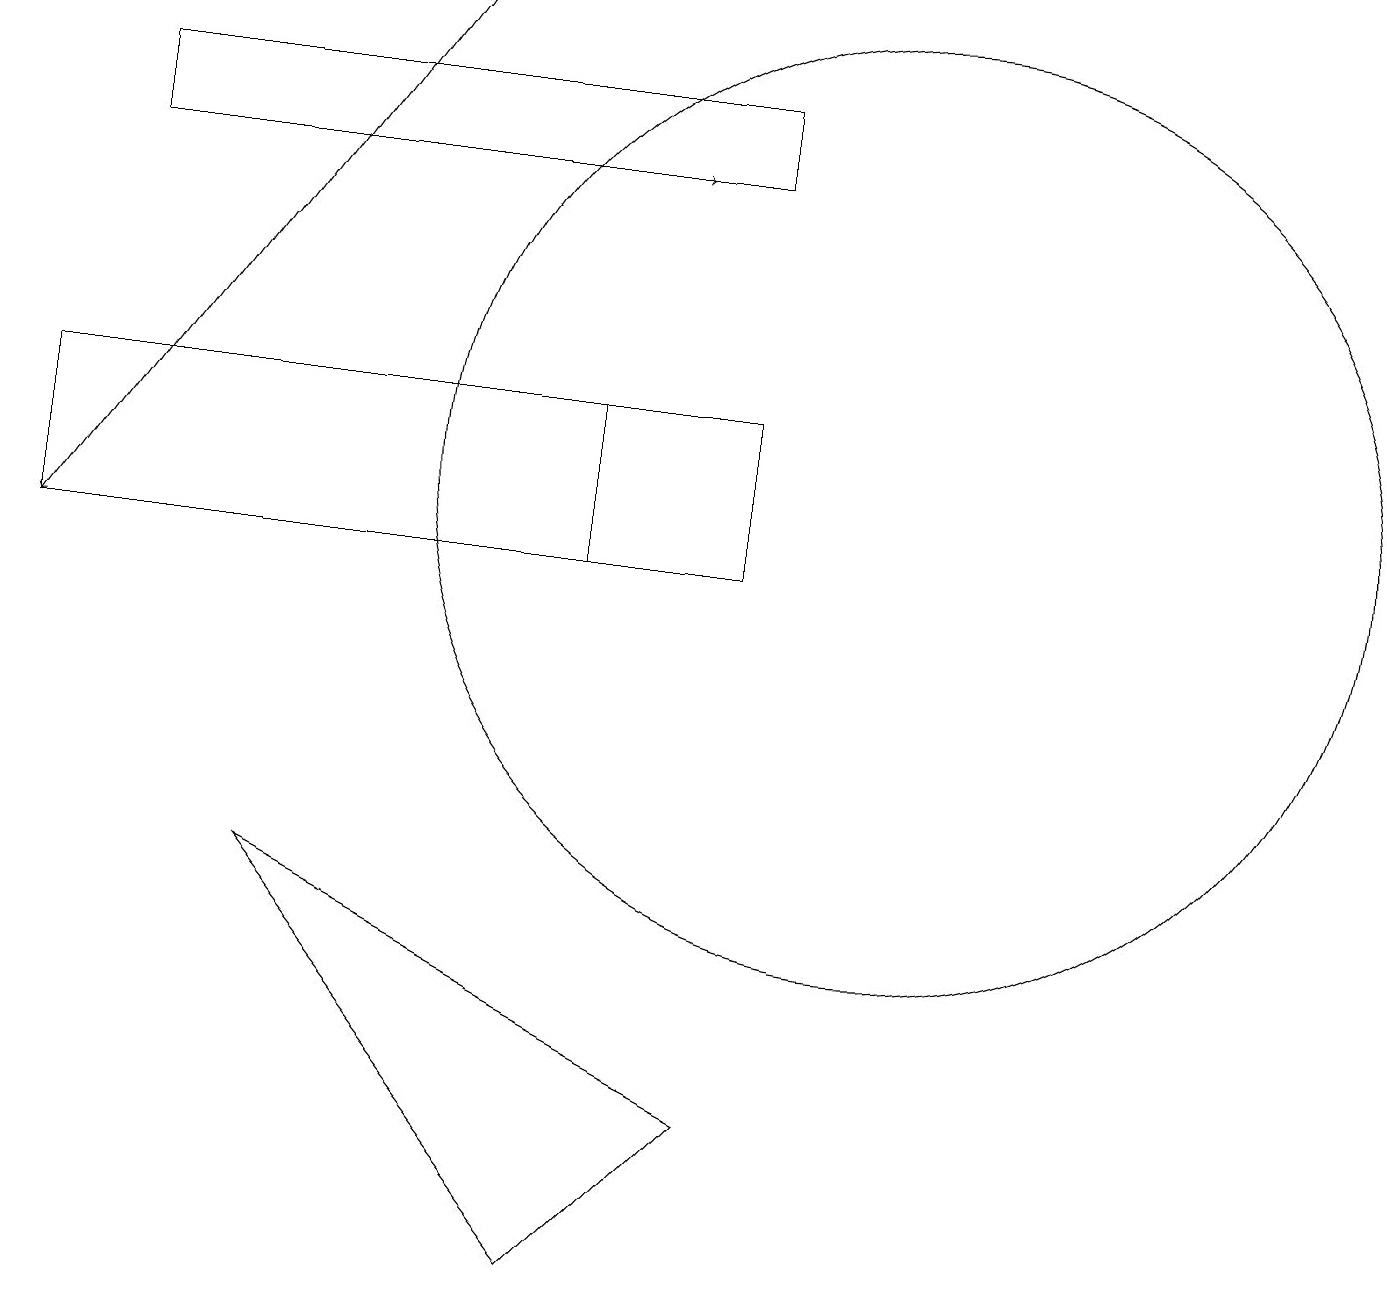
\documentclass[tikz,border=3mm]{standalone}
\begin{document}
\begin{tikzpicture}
\draw (9,15) rectangle (1,16);
\draw (0,10) rectangle (7,12);
\draw (11,11) circle (6);
\draw (3,6) -- (7,1) -- (9,3) -- cycle;
\draw[->] (1,15) -- (8,15);
\draw (0,10) rectangle (9,12);
\draw[->] (5,17) -- (0,10);
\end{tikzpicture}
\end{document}